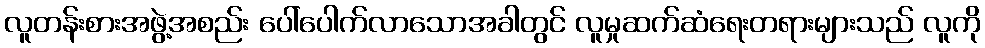
လူတန်းစားအဖွဲ့အစည်း ပေါ်ပေါက်လာသောအခါတွင် လူမှုဆက်ဆံရေးတရားများသည် လူကို